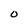
Character: o